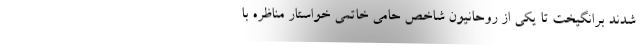
شدند برانگیخت تا یکی از روحانیون شاخص حامی خاتمی خواستار مناظره با